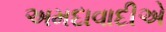
અમદાવાદીએ